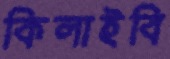
কিলাইবি